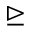
\trianglerighteq